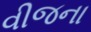
વીજના